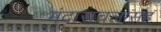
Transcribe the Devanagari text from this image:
मंदाराचलासह